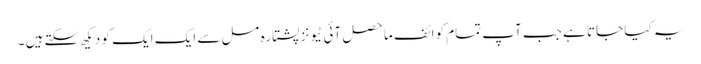
یہ کیا جاتا ہے جب آپ تمام کوائف ماحصل آئی ٹیونز پشتارہ مسل سے ایک ایک کو دیکھ سکتے ہیں ۔